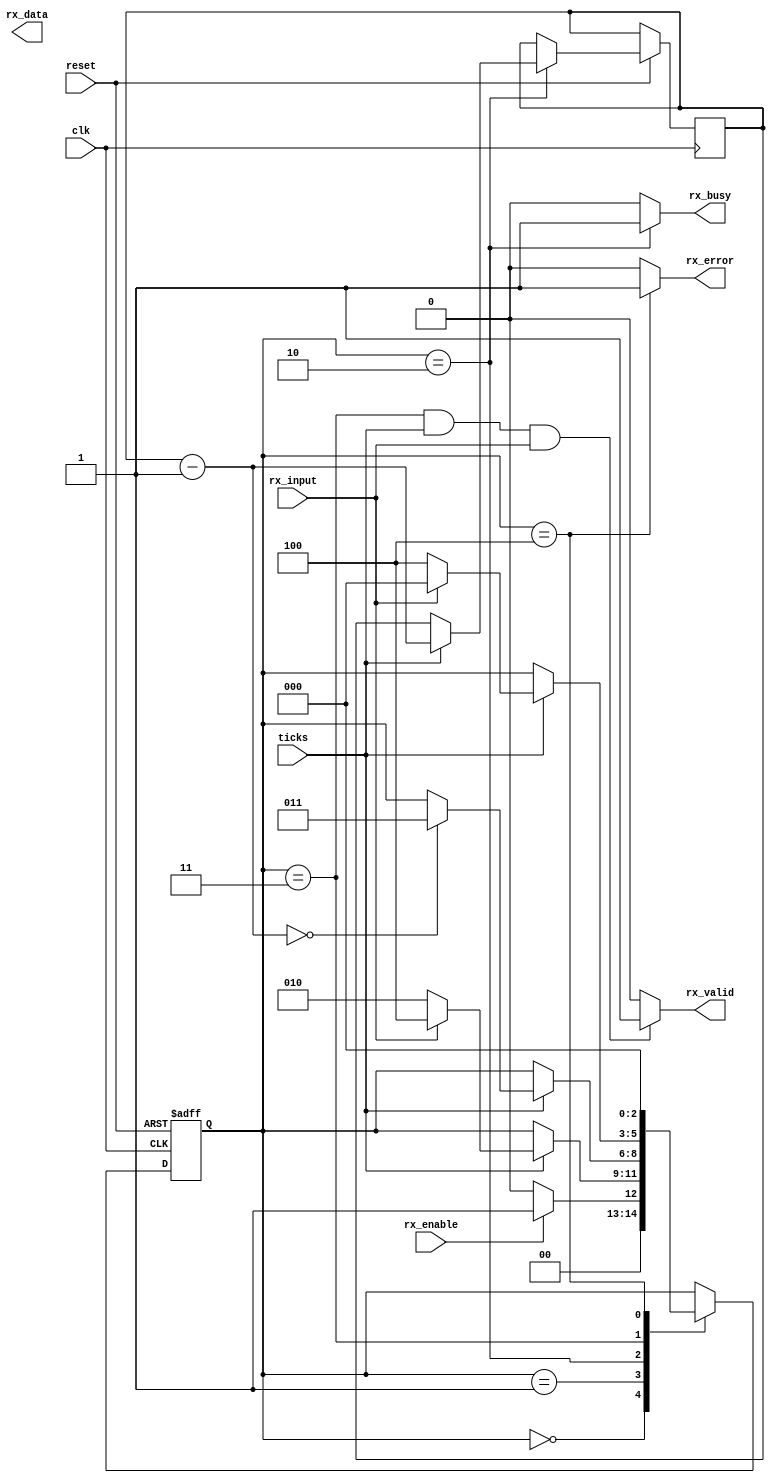
//Mevawala Vishwa Nitin --> 20BEC068
//UART --> Universal Asynchronous receiver and transmitter
//UART_RECEIVER --> SIPO ( Serial In Parallel Out )


module uartreceiver(rx_error,rx_busy,rx_valid,rx_data,rx_enable,rx_input,ticks,clk,reset);

input rx_enable,rx_input,ticks,clk,reset;

//flags
output rx_error,rx_busy,rx_valid;

output reg [7:0] rx_data;

//states
parameter  ideal=3'd0,
				start=3'd1,
				data=3'd2,
				stop=3'd3,
				error=3'd4;
				
reg [2:0] current_state;

//counter for data state
reg [3:0] count=4'd8;

//array for storing the data
reg [7:0] array;

//flag instantiation
assign rx_error = (current_state==error)?1:0;
assign rx_busy = (current_state==data)?1:0;
assign rx_valid = ((current_state==stop) && (ticks==1) && (rx_input==1))?1:0;

always @(posedge clk or negedge reset)
begin
if(!reset)

begin
current_state = ideal;
end

else
begin

case(current_state)
ideal:
begin
if(rx_enable==1)
current_state = start;
else
current_state=ideal;
end

start:
begin
if(ticks==1)
begin
if(rx_input==0) //Start bit '0'
current_state=data;
else
current_state=error;
end

end

data:
begin
if(ticks==1)
begin
count=count-4'd1;
array[count]=rx_input; //Receiving data

if(count==4'd0) 
current_state=stop; // 8-bit data Recieved
end

end

stop:
begin
if(ticks==1)
begin
if(rx_input==1)
current_state = ideal;
else
current_state=error;
end
end

error:
begin
current_state=ideal;
end

endcase

end

end

endmodule